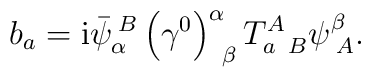
b_{a}=\mathrm{i}\bar{\psi}_{\alpha }^{\;B}\left( \gamma ^{0}\right)_{\;\;\beta }^{\alpha }T_{a\;\;B}^{A}\psi _{\;A}^{\beta }.